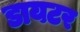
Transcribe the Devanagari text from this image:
डायटर